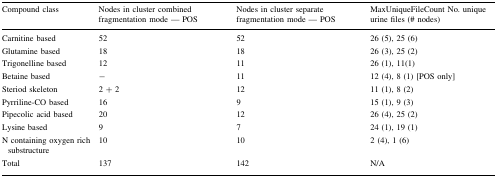
<table><thead><tr><td><b>Compound class</b></td><td><b>Nodes in cluster combined fragmentation mode — POS</b></td><td><b>Nodes in cluster separate fragmentation mode — POS</b></td><td><b>MaxUniqueFileCount No. unique urine files (# nodes)</b></td></tr></thead><tbody><tr><td>Carnitine based</td><td>52</td><td>52</td><td>26 (5), 25 (6)</td></tr><tr><td>Glutamine based</td><td>18</td><td>18</td><td>26 (3), 25 (2)</td></tr><tr><td>Trigonelline based</td><td>12</td><td>11</td><td>26 (1), 11(1)</td></tr><tr><td>Betaine based</td><td>−</td><td>11</td><td>12 (4), 8 (1) [POS only]</td></tr><tr><td>Steriod skeleton</td><td>2 + 2</td><td>12</td><td>11 (1), 8 (2)</td></tr><tr><td>Pyrriline-CO based</td><td>16</td><td>9</td><td>15 (1), 9 (3)</td></tr><tr><td>Pipecolic acid based</td><td>20</td><td>12</td><td>26 (4), 25 (2)</td></tr><tr><td>Lysine based</td><td>9</td><td>7</td><td>24 (1), 19 (1)</td></tr><tr><td>N containing oxygen rich substructure</td><td>10</td><td>10</td><td>2 (4), 1 (6)</td></tr><tr><td>Total</td><td>137</td><td>142</td><td>N/A</td></tr></tbody></table>